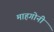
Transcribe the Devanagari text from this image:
माहगोनी